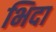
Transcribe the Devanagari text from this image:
भिदा